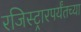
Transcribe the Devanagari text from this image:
रजिस्ट्रारपर्यंतच्या